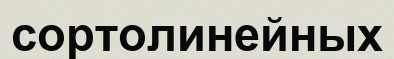
сортолинейных